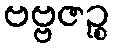
ဗဗ္ဗဇဉ္စ